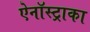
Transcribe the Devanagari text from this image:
ऐनॉस्ट्राका